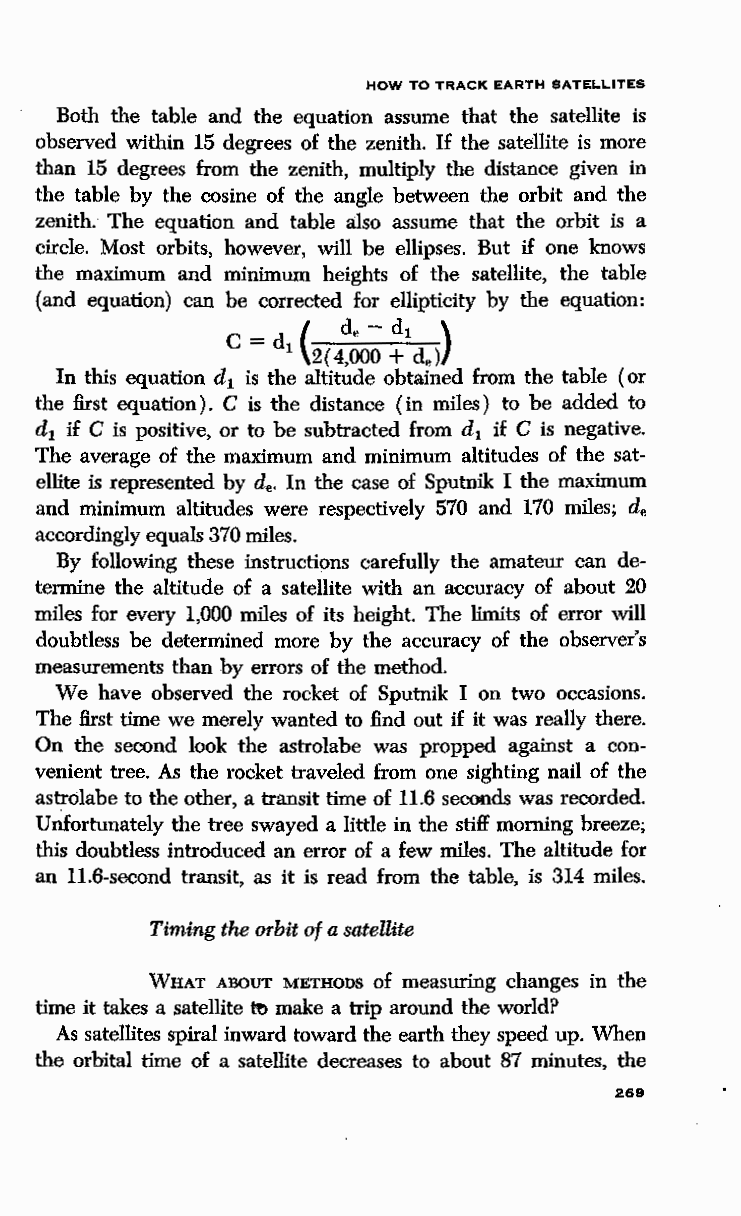
HOW TO TRACK EARTH SATELLITES
 Both the table and the equation assume that the satellite is
 observed within 15 degrees of the zenith. If the satellite is more
 than 15 degrees from the zenith, multiply the distance given in
 the table by the cosine of the angle between the orbit and the
 zenith.- The equation and table also assume that the orbit is a
 circle. Most orbits, however, will be ellipses. But if one knows
 the maximum and minimum heights of the satellite, the table
 (and equation) can be corrected for ellipticity by the equation:
 . d.,- dt )
 (
 C = dt 2( 4,000 +de)
 In this equation d is the altitude obtained from the table (or
 1
 the first equation). C is the distance (in miles) to be added to
 d if C is positive, or to be subtracted from d if C is negative.
 1                           1
 The average of the maximum and minimum altitudes of the sat
 ellite is represented by de. In the case of Sputnik I the maximum
 and minimum altitudes were respectively 570 and 170 miles; de
 accordingly equals 370 miles.
 By following these instructions carefully the amateur can de
 termine the altitude of a satellite with an accuracy of about 20
 miles for every 1,000 miles of its height. The limits of error will
 doubtless be determined more by the accuracy of the observer's
 measurements than by errors of the method.
 We have observed the rocket of Sputnik I on two occasions.
 The first time we merely wanted to find out if it was really there.
 On the second look the astrolabe was propped against a con
 venient tree. As the rocket traveled from one sighting nail of the
 astrolabe to the other, a transit time of 11.6 seconds was recorded.
 U~ortunately the tree swayed a little in the stiff morning breeze;
 this doubtless introduced an error of a few miles. The altitude for
 an 11.6-second transit, as it is read from the table, is 314 miles.
 Timing the orbit of a satellite
 WHAT ABOUT METHODS of measuring changes in the
 time it takes a satellite tf) make a trip around the world?
 As satellites spiral inward toward the earth they speed up. When
 the orbital time of a satellite decreases to about 87 minutes, the
 269